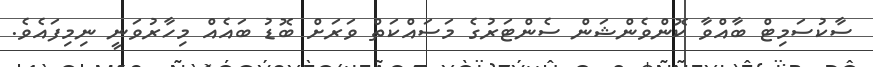
ސާކުސަމިޓް ބާއްވާ ކޮންވެންޝަން ސެންޓަރުގެ މަސައްކަތް ވަރަށް ބޮޑު ބައެއް މިހާރުވަނީ ނިމިފައެވެ.